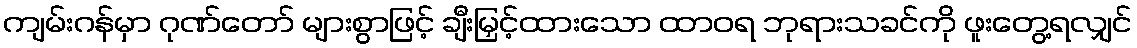
ကျမ်းဂန်မှာ ဂုဏ်တော် များစွာဖြင့် ချီးမြှင့်ထားသော ထာဝရ ဘုရားသခင်ကို ဖူးတွေ့ရလျှင်